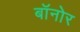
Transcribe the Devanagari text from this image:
बॉनोर